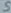
Text: S